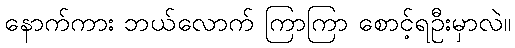
နောက်ကား ဘယ်လောက် ကြာကြာ စောင့်ရဦးမှာလဲ။